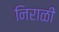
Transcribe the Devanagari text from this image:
निराळीं